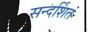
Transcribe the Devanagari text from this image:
सन्दर्शितं